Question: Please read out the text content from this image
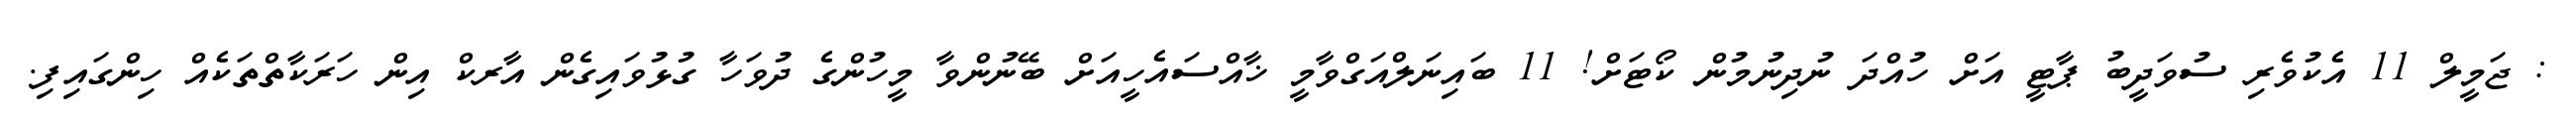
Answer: : ޖަމީލް 11 އެކުވެރި ސުވަދީބު ޕާޓީ އަށް ހުއްދަ ނުދިނުމުން ކޯޓަށް! 11 ބައިނަލްއަގްވާމީ ޚާއްސައެހީއަށް ބޭނުންވާ މީހުންގެ ދުވަހާ ގުޅުވައިގެން އާރކް އިން ހަރަކާތްތަކެއް ހިންގައިފި.